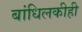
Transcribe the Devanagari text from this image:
बांधिलकीही